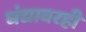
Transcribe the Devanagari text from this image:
धंद्यावरही